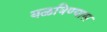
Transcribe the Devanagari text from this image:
वळविण्यास